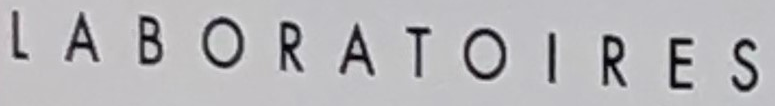
LABORATOIRES